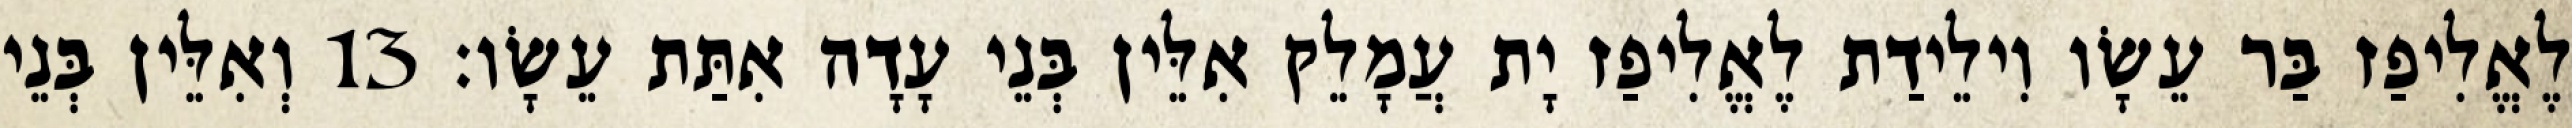
לֶאֱלִיפַז בַּר עֵשָׂו וִילֵידַת לֶאֱלִיפַז יָת עֲמָלֵק אִלֵּין בְּנֵי עָדָה אִתַּת עֵשָׂו׃ 13 וְאִלֵּין בְּנֵי